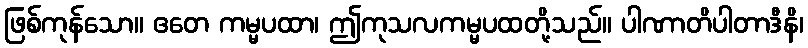
ဖြစ်ကုန်သော။ ဧတေ ကမ္မပထာ၊ ဤကုသလကမ္မပထတို့သည်။ ပါဏာတိပါတာဒီနိ၊